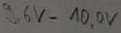
Text: 9,6V-10,0V